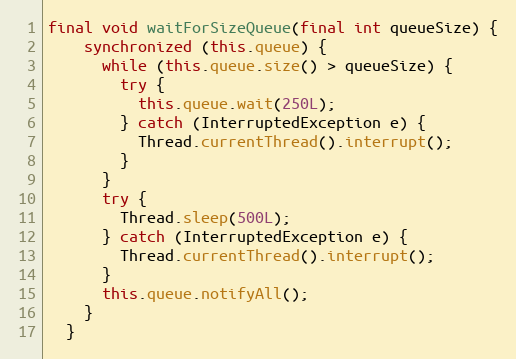
Language: Java
final void waitForSizeQueue(final int queueSize) {
    synchronized (this.queue) {
      while (this.queue.size() > queueSize) {
        try {
          this.queue.wait(250L);
        } catch (InterruptedException e) {
          Thread.currentThread().interrupt();
        }
      }
      try {
        Thread.sleep(500L);
      } catch (InterruptedException e) {
        Thread.currentThread().interrupt();
      }
      this.queue.notifyAll();
    }
  }